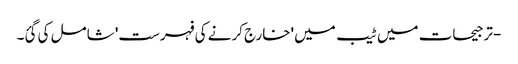
- ترجیحات میں ٹیب میں 'خارج کرنے کی فہرست' شامل کی گئ۔